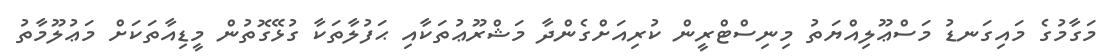
މަގާމުގެ މައިގަނޑު މަސްޢޫލިއްޔަތު މިނިސްޓްރީން ކުރިއަށްގެންދާ މަޝްރޫޢުތަކާއި ޙަފުލާތަކާ ގުޅޭގޮތުން މީޑިއާތަކަށް މަޢުލޫމާތު